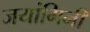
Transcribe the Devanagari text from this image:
जयांगिनी